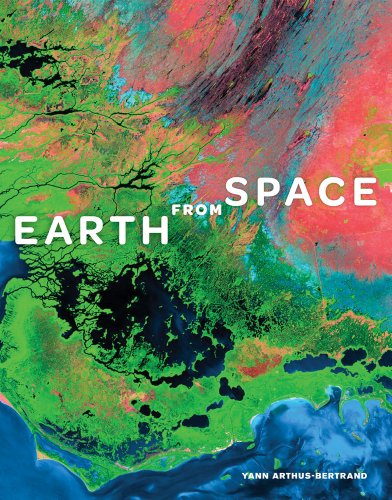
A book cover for Earth from Space; Yann Arthus-Bertrand; Arts & Photography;